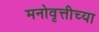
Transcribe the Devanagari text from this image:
मनोवृत्तीच्या